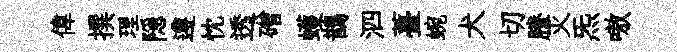
偉撰理隠遵忱透磳蠖鵲泗薹蜿犬切謄灭炁嗷